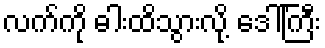
လက်ကို ဓါးထိသွားလို့ ဒေါ်ကြီး